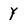
Character: Y